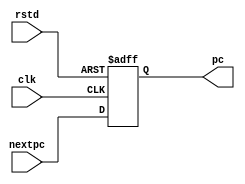
`timescale 1ns / 1ps
//////////////////////////////////////////////////////////////////////////////////
// Company:
// Engineer:
//
// Design Name:
// Module Name: writeback
// Project Name:
// Target Devices:
// Tool Versions:
// Description:
//
// Dependencies:
//
// Revision:
// Revision 0.01 - File Created
// Additional Comments:
//
//////////////////////////////////////////////////////////////////////////////////


module writeback(clk, rstd, nextpc, pc);
  input clk, rstd;
  input [31:0] nextpc;
  output [31:0] pc;
  reg[31:0] pc;

  always @(negedge rstd or posedge clk)
    begin
      if(rstd == 0)pc <= 32'h00000000;
      else if (clk == 1)pc <= nextpc;
    end
endmodule